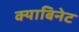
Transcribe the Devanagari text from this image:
क्याबिनेट